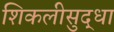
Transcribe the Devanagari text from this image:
शिकलीसुद्धा